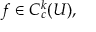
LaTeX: f \in C _ { c } ^ { k } ( U ) ,